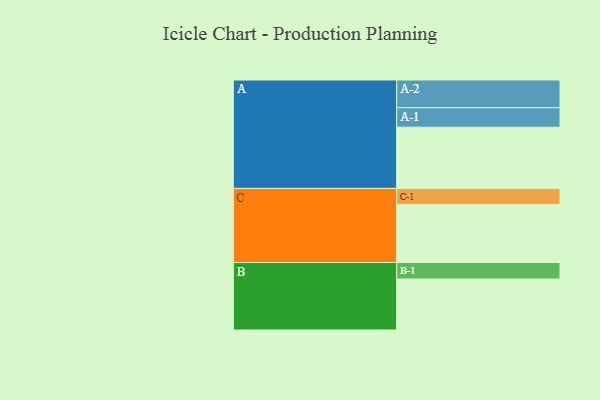
{"axis": {"x": "Segment", "y": "Value"}, "legend": ["", "A", "B", "C"], "data": [{"x": "A", "y": 528, "type": ""}, {"x": "B", "y": 440, "type": ""}, {"x": "C", "y": 499, "type": ""}, {"x": "A-1", "y": 168, "type": "A"}, {"x": "A-2", "y": 239, "type": "A"}, {"x": "B-1", "y": 142, "type": "B"}, {"x": "C-1", "y": 140, "type": "C"}]}